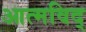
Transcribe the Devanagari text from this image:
आत्मविद्